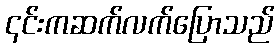
၎င်းကဆက်လက်ပြောသည်